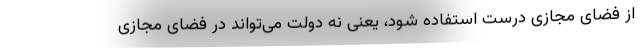
از فضای مجازی درست استفاده شود، یعنی نه دولت می‌تواند در فضای مجازی